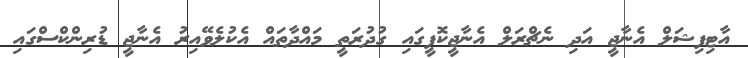
އާޓިފިޝަލް އެނާޖީ އަދި ނެޗްރަލް އެނާޖީކޮފީގައި ގުދުރަތީ މައްދާތައް އެކުލެވޭއިރު އެނާޖީ ޑުރިންކްސްގައި